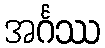
အင်္ဂဿ